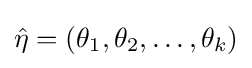
{\hat {\eta }}=\left(\theta _{1},\theta _{2},\ldots ,\theta _{k}\right)